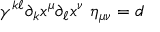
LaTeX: \gamma ^ { k \ell } \partial _ { k } x ^ { \mu } \partial _ { \ell } x ^ { \nu } ~ \eta _ { \mu \nu } = d